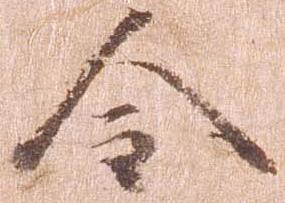
令